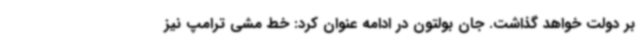
بر دولت خواهد گذاشت. جان بولتون در ادامه عنوان کرد: خط مشی ترامپ نیز